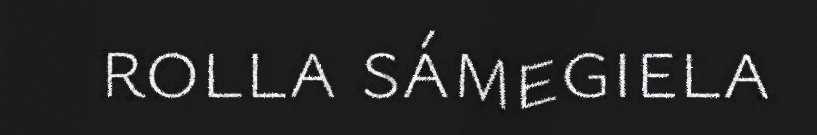
rolla sámegiela